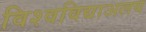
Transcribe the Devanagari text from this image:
विश्वविद्याअलय